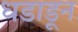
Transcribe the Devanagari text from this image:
धडाडून